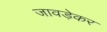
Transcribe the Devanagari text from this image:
जावड़ेकर